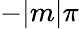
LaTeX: -|m|\pi